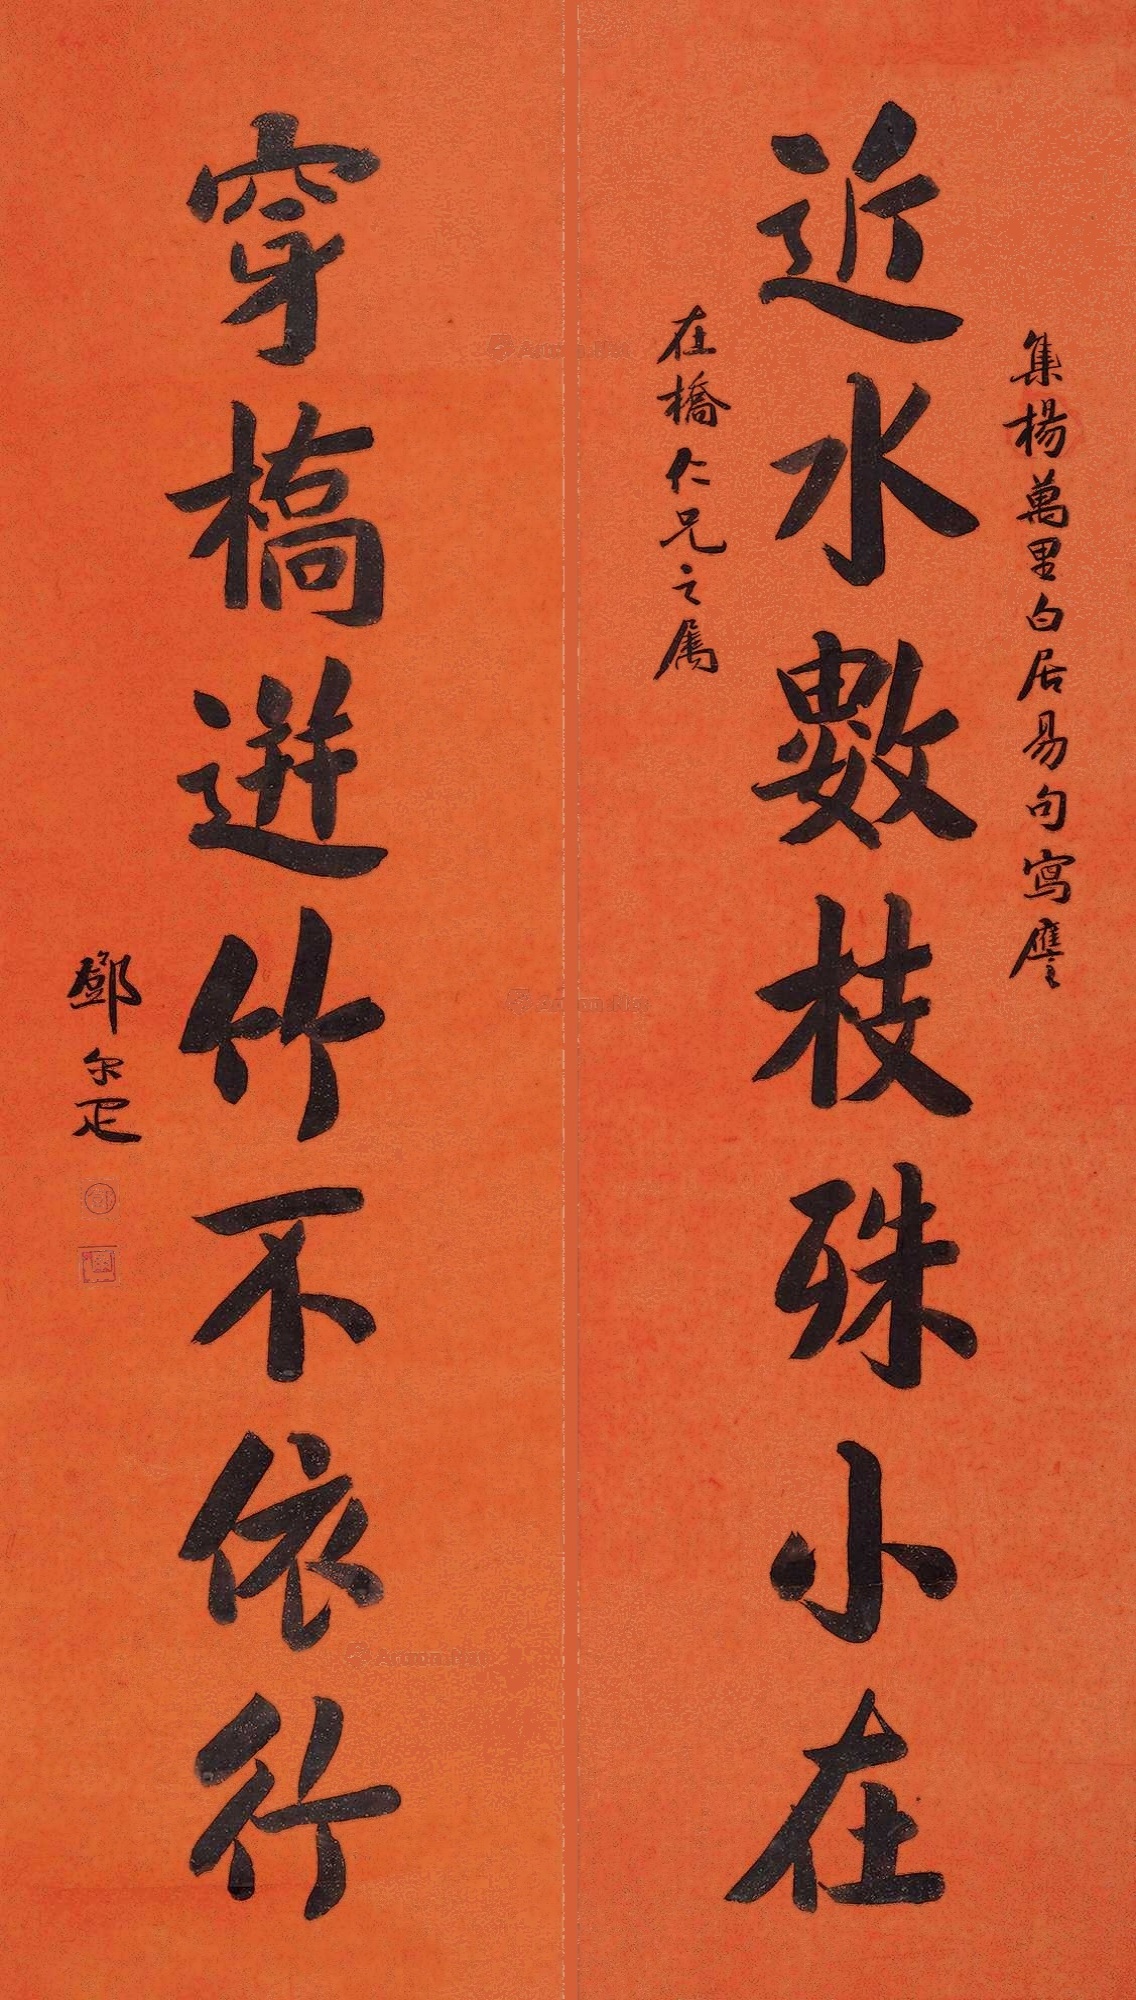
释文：近水数枝殊小在，穿桥迸竹不依行。集杨万里、白居易句写，应在桥仁兄之属，邓尔疋。